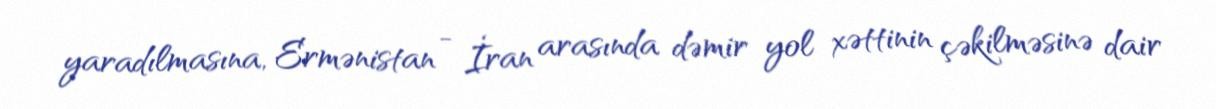
yaradılmasına, Ermənistan - İran arasında dəmir yol xəttinin çəkilməsinə dair